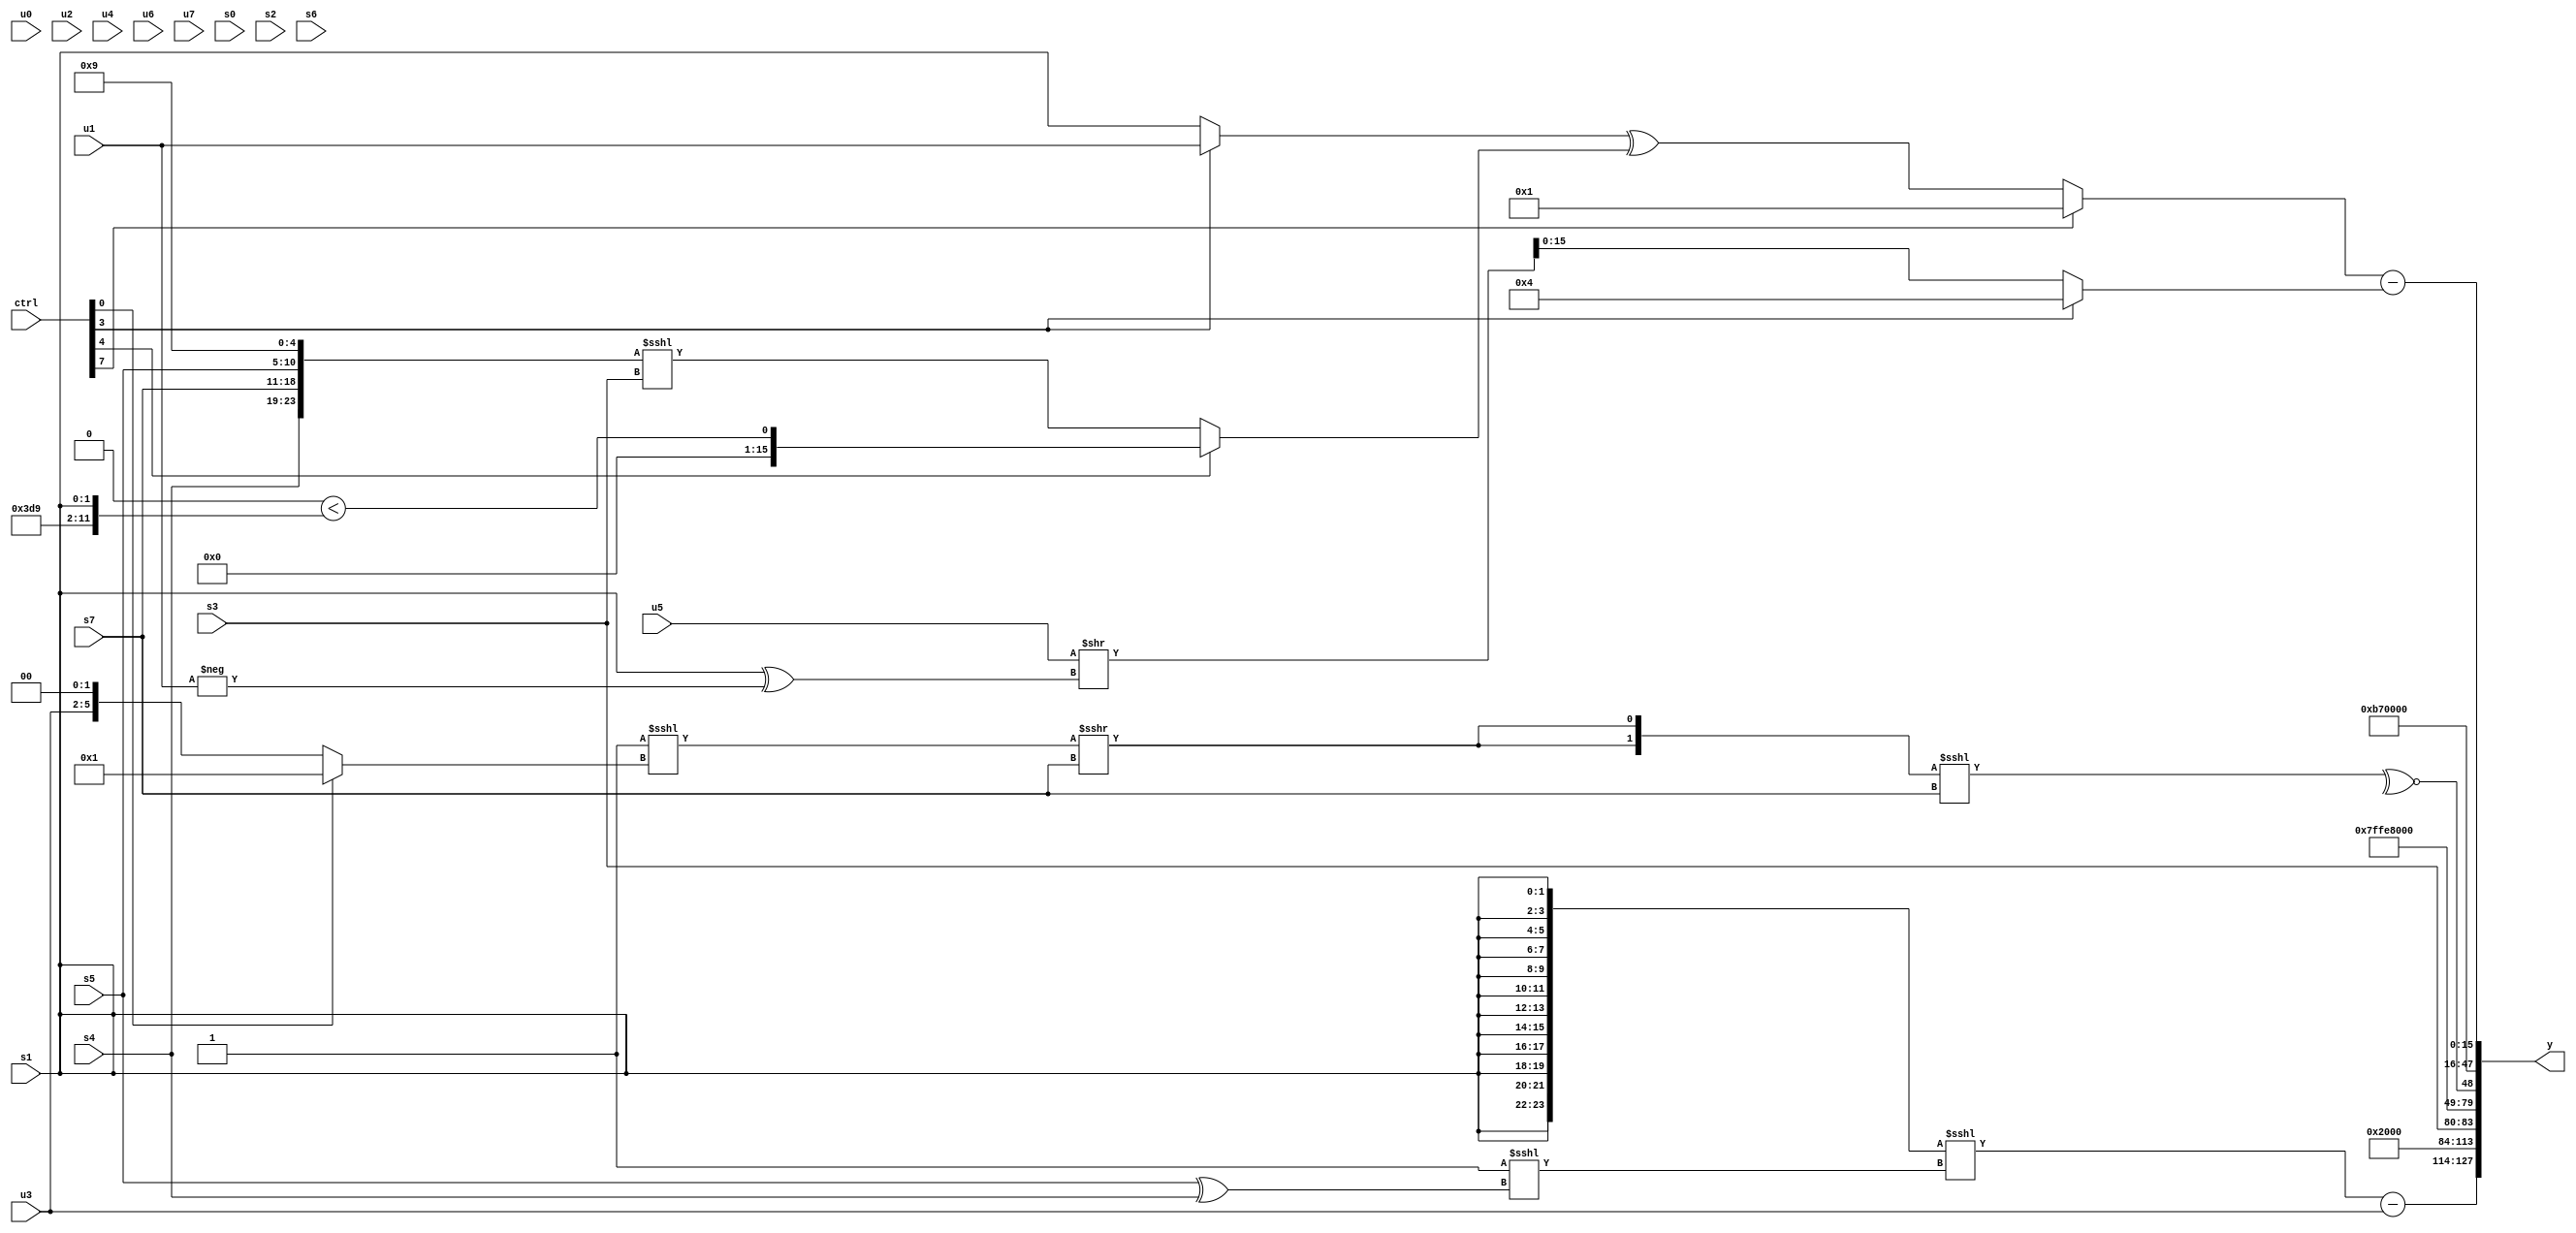
module wideexpr_00797(ctrl, u0, u1, u2, u3, u4, u5, u6, u7, s0, s1, s2, s3, s4, s5, s6, s7, y);
  input [7:0] ctrl;
  input [0:0] u0;
  input [1:0] u1;
  input [2:0] u2;
  input [3:0] u3;
  input [4:0] u4;
  input [5:0] u5;
  input [6:0] u6;
  input [7:0] u7;
  input signed [0:0] s0;
  input signed [1:0] s1;
  input signed [2:0] s2;
  input signed [3:0] s3;
  input signed [4:0] s4;
  input signed [5:0] s5;
  input signed [6:0] s6;
  input signed [7:0] s7;
  output [127:0] y;
  wire [15:0] y0;
  wire [15:0] y1;
  wire [15:0] y2;
  wire [15:0] y3;
  wire [15:0] y4;
  wire [15:0] y5;
  wire [15:0] y6;
  wire [15:0] y7;
  assign y = {y0,y1,y2,y3,y4,y5,y6,y7};
  assign y0 = {({s7,({4{{3{s1}}}})<<<(|((-(1'sb1))<<<((s5)^(s4))))})-(u3),(2'sb00)<<<($signed((4'sb0101)^(+(((1'sb1)|(5'sb01101))^~(-(2'b00))))))};
  assign y1 = 2'b10;
  assign y2 = $unsigned(s3);
  assign y3 = 3'sb101;
  assign y4 = ~^(({2{-((($signed(+(~&(2'sb01))))<<<({1{(ctrl[0]?{6'b000001}:(u3)<<(2'sb10))}}))>>>(s7))}})<<<(s7));
  assign y5 = {+(+(2'sb10)),6'sb110111};
  assign y6 = ({3{4'sb0001}})==({5'sb11100});
  assign y7 = ((ctrl[7]?4'sb0001:$signed(((ctrl[3]?u1:s1))^({1{(ctrl[4]?(2'b00)<({4'sb1111,6'sb011001,s1}):({s4,s7,s5,5'sb01001})<<<($unsigned(s3)))}}))))-((ctrl[3]?6'sb000100:($signed(u5))>>((s1)^({-(+($signed(u1)))}))));
endmodule